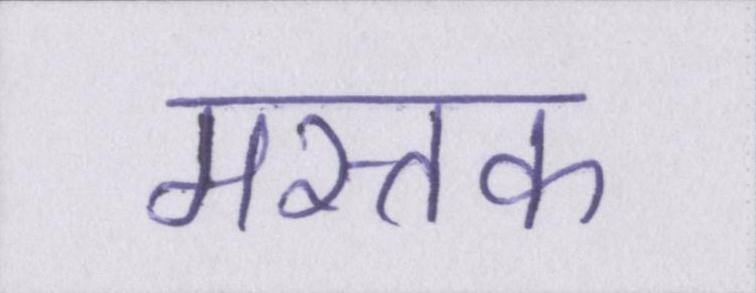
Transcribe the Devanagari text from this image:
मस्तक